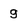
Character: g